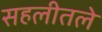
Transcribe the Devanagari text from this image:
सहलीतले